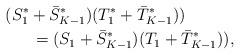
LaTeX: \begin{align*}(S_{1}^*+\bar{S}_{K-1}^*)(T_1^*+\bar{T}_{K-1}^*))\quad\quad\quad\\= (S_{1}+\bar{S}_{K-1}^*)(T_1+\bar{T}_{K-1}^*)),\end{align*}